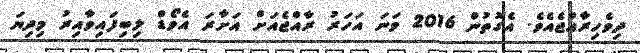
ދިވެހިރާއްޖެއެވެ. އެގޮތުން 2016 ވަނަ އަހަރު ރާއްޖެއަށް އަށާރަ އެވޯޑް ލިބިފައިވާއިރު މިދިޔަ